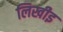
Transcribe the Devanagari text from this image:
लिखीइ